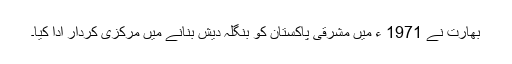
بھارت نے 1971 ء میں مشرقی پاکستان کو بنگلہ دیش بنانے میں مرکزی کردار ادا کیا۔